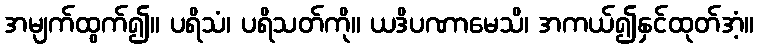
အမျက်ထွက်၍။ ပရိသံ၊ ပရိသတ်ကို။ ယဒိပဏာမေသိ၊ အကယ်၍နှင်ထုတ်အံ့။